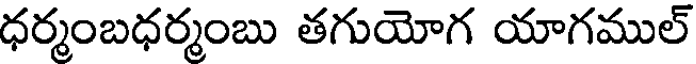
ధర్మంబధర్మంబు తగుయోగ యాగముల్